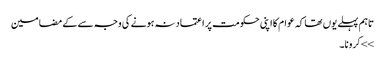
تاہم پہلے یوں تھا کہ عوام کا اپنی حکومت پر اعتماد نہ ہونے کی وجہ سے کے مضامین
>> کرونا۔